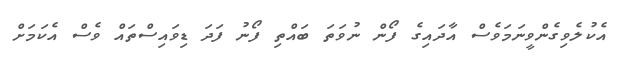
އެކުލެވިގެންވީނަމަވެސް އާދައިގެ ފޯން ނުވަތަ ބައްތި ފޯނު ފަދަ ޑިވައިސްތައް ވެސް އެކަމަށް